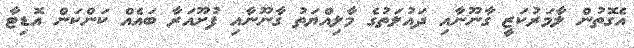
އެގޮތުން ލާމަރުކަޒީ ގާނޫނާއި ދައުލަތުގެ މާލިއްޔަތު ގާނޫނާއި ފުށޫއަރާ ބައެއް ކަންކަން އޮޑިޓާ